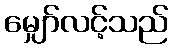
မျှော်လင့်သည်